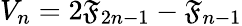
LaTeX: V_{n}=2\mathfrak{F}_{2n-1}-\mathfrak{F}_{n-1}